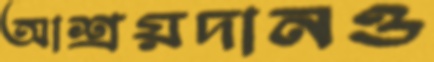
আশ্রয়দানও